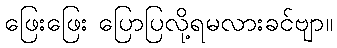
ဖြေးဖြေး ပြောပြလို့ရမလားခင်ဗျာ။